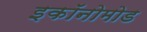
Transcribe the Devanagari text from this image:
इकॉनोमोड